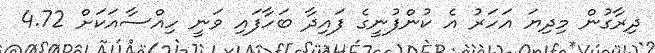
ދިރާގުން މިދިޔަ އަހަރު އެ ކުންފުނީގެ ފައިދާ ބަހާފައި ވަނީ ހިއްސާއަކަށް 4.72